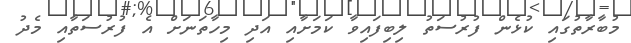
މުބާރާތުގައި ކުޅެން ފުރުސަތު ލިބިފައިވާ ކަމަށާއި އަދި މިހާތަނަށް އެ ފުރުސަތާއި މެދު